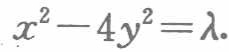
\(x^{2}-4y^{2}=\lambda\)